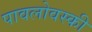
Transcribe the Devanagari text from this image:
पावलोवस्की